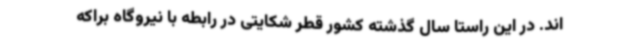
اند. در این راستا سال گذشته کشور قطر شکایتی در رابطه با نیروگاه براکه